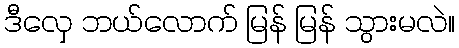
ဒီလှေ ဘယ်လောက် မြန် မြန် သွားမလဲ။